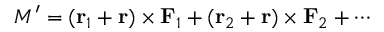
M ^ { \prime } = ( \mathbf { r } _ { 1 } + \mathbf { r } ) \times \mathbf { F } _ { 1 } + ( \mathbf { r } _ { 2 } + \mathbf { r } ) \times \mathbf { F } _ { 2 } + \cdots